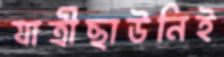
যাত্রীছাউনিই